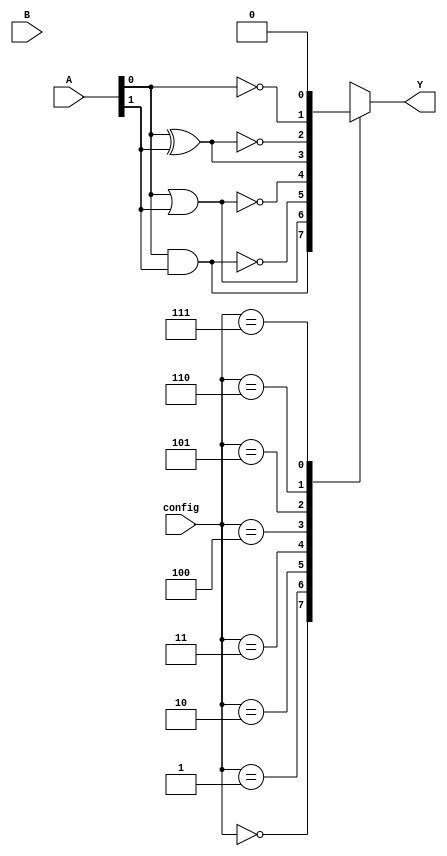
module CLB (
    input wire [2:0] A,   // 3 inputs (A[0], A[1], A[2])
    input wire [2:0] B,   // Another set of inputs (optional)
    input wire [2:0] config, // Configuration bits to select the logic function
    output wire Y         // Single output
);

// Internal logic signals
wire [7:0] lut_out;        // Outputs of the LUT

// Look-Up Table (LUT) implementation
always @(*) begin
    case (config)
        3'b000: lut_out = A[0] & A[1];      // AND
        3'b001: lut_out = A[0] | A[1];      // OR
        3'b010: lut_out = ~(A[0] & A[1]);   // NAND
        3'b011: lut_out = ~(A[0] | A[1]);   // NOR
        3'b100: lut_out = A[0] ^ A[1];      // XOR
        3'b101: lut_out = ~(A[0] ^ A[1]);   // XNOR
        3'b110: lut_out = ~A[0];             // NOT
        3'b111: lut_out = 1'b0;              // Constant 0
        default: lut_out = 1'b0;             // Default case
    endcase
end

// Output assignment, can also include multiple logic functions
assign Y = lut_out[0]; // choose only one output for demonstration

endmodule